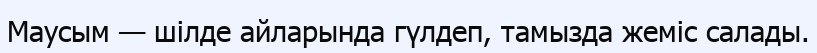
Маусым — шілде айларында гүлдеп, тамызда жеміс салады.